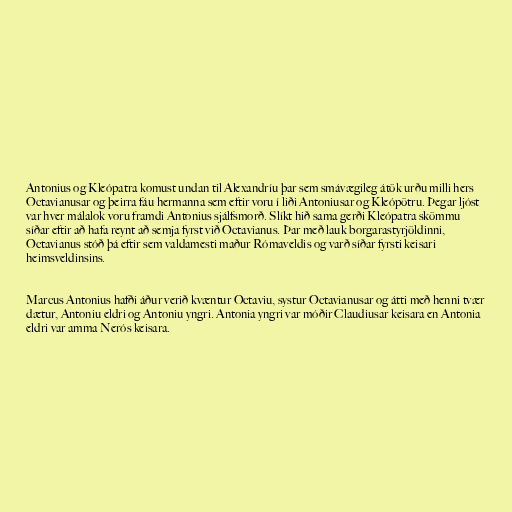
Antonius og Kleópatra komust undan til Alexandríu þar sem smávægileg átök urðu milli hers
Octavianusar og þeirra fáu hermanna sem eftir voru í liði Antoniusar og Kleópötru. Þegar ljóst
var hver málalok voru framdi Antonius sjálfsmorð. Slíkt hið sama gerði Kleópatra skömmu
síðar eftir að hafa reynt að semja fyrst við Octavianus. Þar með lauk borgarastyrjöldinni,
Octavianus stóð þá eftir sem valdamesti maður Rómaveldis og varð síðar fyrsti keisari
heimsveldinsins.

Marcus Antonius hafði áður verið kvæntur Octaviu, systur Octavianusar og átti með henni tvær
dætur, Antoniu eldri og Antoniu yngri. Antonia yngri var móðir Claudiusar keisara en Antonia
eldri var amma Nerós keisara.